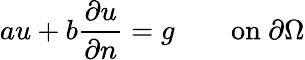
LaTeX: au+b{\frac{\partial u}{\partial n}}=g\qquad{\mathrm{on~}}\partial\Omega